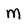
Character: M